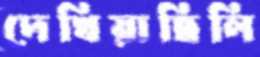
দেখিয়াছিলি